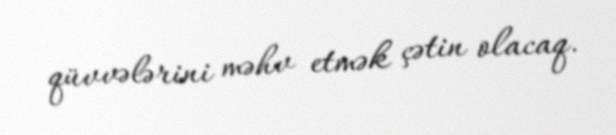
qüvvələrini məhv etmək çətin olacaq.